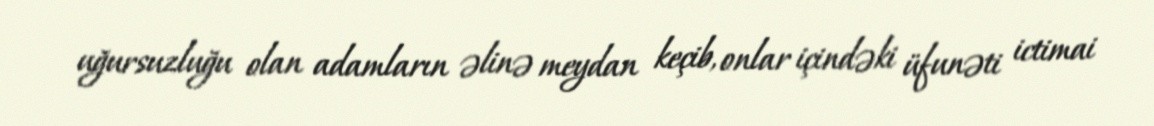
uğursuzluğu olan adamların əlinə meydan keçib, onlar içindəki üfunəti ictimai